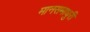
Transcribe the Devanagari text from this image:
मानसमाधुरी